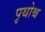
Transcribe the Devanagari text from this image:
पृथोश्च